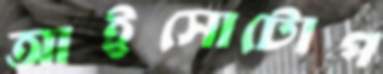
আইসোটোপ